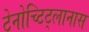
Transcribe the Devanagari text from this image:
टेनोच्टिट्लानास